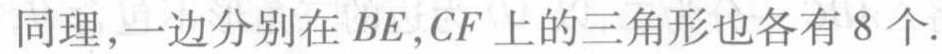
同理,一边分别在 \(BE,CF\) 上的三角形也各有 \(8\) 个.